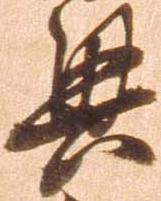
興